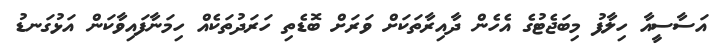
އަސާސީއާ ހިލާފު މިބަޖެޓުގެ އެހެން ދާއިރާތަކަށް ވަރަށް ބޮޑެތި ހަރަދުތަކެއް ހިމަނާފައިވާކަން އަޅުގަނޑު